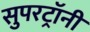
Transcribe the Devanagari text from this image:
सुपरट्रॉनी